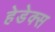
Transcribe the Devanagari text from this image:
हेडेक्स